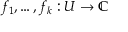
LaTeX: f _ { 1 } , \dots , f _ { k } : U \to \mathbb { C }